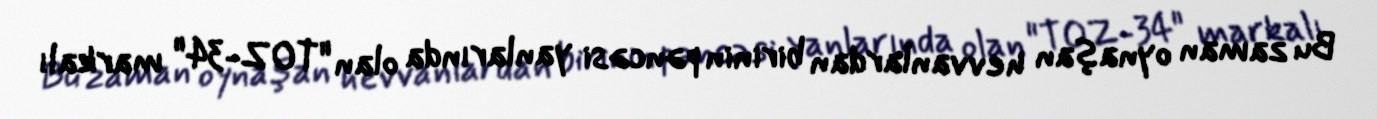
Bu zaman oynaşan hevvanlardan birinin pəncəsi yanlarında olan "TOZ-34" markalı